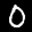
Label: 0